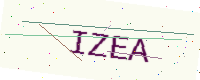
Text: IZEA